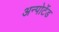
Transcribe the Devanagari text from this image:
अन्पोर्टेड